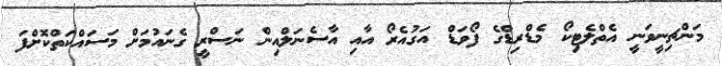
މަންޗިނީވަނީ އެތްލެޓިކޯ މެޑްރިޑްގެ ފޯވަޑް އަގުއެރޯ އާއި އާސެނަލްއިން ނަސްރީ ގެނައުމަށް މަސައްކަތްކޮށްފަ